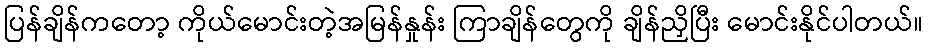
ပြန်ချိန်ကတော့ ကိုယ်မောင်းတဲ့အမြန်နှုန်း ကြာချိန်တွေကို ချိန်ညှိပြီး မောင်းနိုင်ပါတယ်။